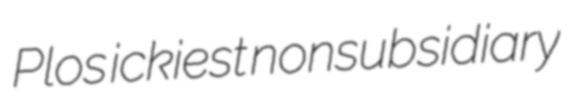
Plos ickiest nonsubsidiary